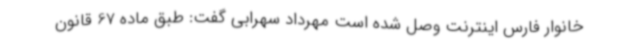
خانوار فارس اینترنت وصل شده است مهرداد سهرابی گفت: طبق ماده 67 قانون